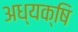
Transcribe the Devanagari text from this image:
अध्यक्षि